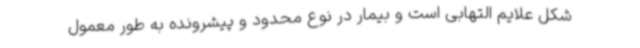
شکل علایم التهابی است و بیمار در نوع محدود و پیشرونده به طور معمول